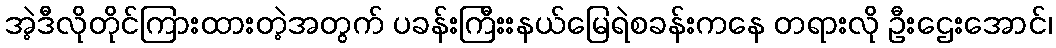
အဲ့ဒီလိုတိုင်ကြားထားတဲ့အတွက် ပခန်းကြီးးနယ်မြေရဲစခန်းကနေ တရားလို ဦးဌေးအောင်၊